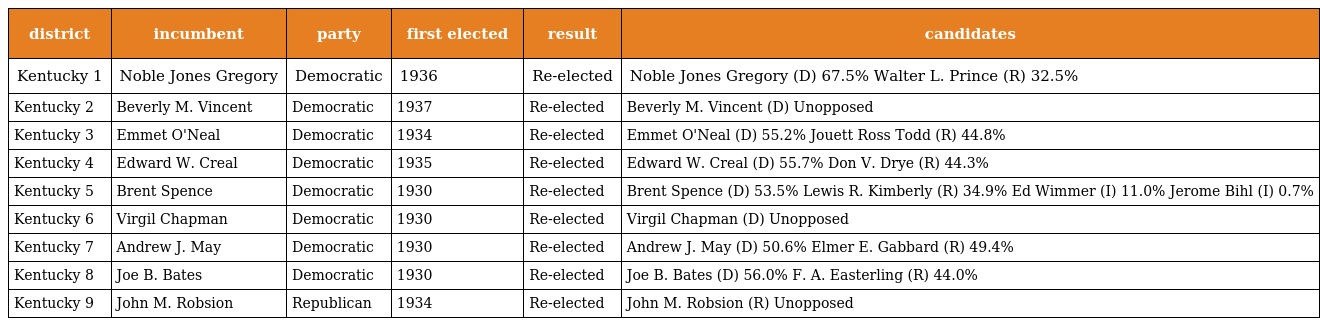
| district | incumbent | party | first elected | result | candidates |
 | --- | --- | --- | --- | --- | --- |
 | Kentucky 1 | Noble Jones Gregory | Democratic | 1936 | Re-elected | Noble Jones Gregory (D) 67.5% Walter L. Prince (R) 32.5% |
 | Kentucky 2 | Beverly M. Vincent | Democratic | 1937 | Re-elected | Beverly M. Vincent (D) Unopposed |
 | Kentucky 3 | Emmet O'Neal | Democratic | 1934 | Re-elected | Emmet O'Neal (D) 55.2% Jouett Ross Todd (R) 44.8% |
 | Kentucky 4 | Edward W. Creal | Democratic | 1935 | Re-elected | Edward W. Creal (D) 55.7% Don V. Drye (R) 44.3% |
 | Kentucky 5 | Brent Spence | Democratic | 1930 | Re-elected | Brent Spence (D) 53.5% Lewis R. Kimberly (R) 34.9% Ed Wimmer (I) 11.0% Jerome Bihl (I) 0.7% |
 | Kentucky 6 | Virgil Chapman | Democratic | 1930 | Re-elected | Virgil Chapman (D) Unopposed |
 | Kentucky 7 | Andrew J. May | Democratic | 1930 | Re-elected | Andrew J. May (D) 50.6% Elmer E. Gabbard (R) 49.4% |
 | Kentucky 8 | Joe B. Bates | Democratic | 1930 | Re-elected | Joe B. Bates (D) 56.0% F. A. Easterling (R) 44.0% |
 | Kentucky 9 | John M. Robsion | Republican | 1934 | Re-elected | John M. Robsion (R) Unopposed |